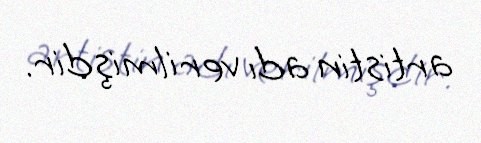
artistin adı verilmişdir.